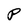
Character: P